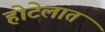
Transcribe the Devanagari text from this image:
होटेलात